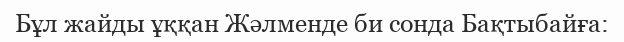
Бұл жайды ұққан Жәлменде би сонда Бақтыбайға: